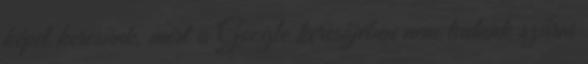
képet keresünk, mert a Google keresőjében nem tudunk szűrni